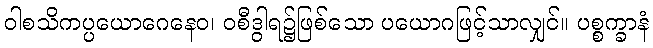
ဝါစသိကပ္ပယောဂေနေဝ၊ ဝစီဒွါရ၌ဖြစ်သော ပယောဂဖြင့်သာလျှင်။ ပစ္စက္ခာနံ